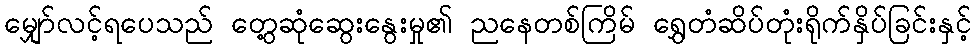
မျှော်လင့်ရပေသည် တွေ့ဆုံဆွေးနွေးမှု၏ ညနေတစ်ကြိမ် ရွှေတံဆိပ်တုံးရိုက်နှိပ်ခြင်းနှင့်